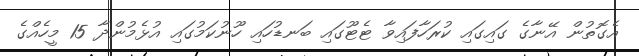
އެގޮތުން އޭނާގެ ގައިގައި ކުރަހާފައިވާ ޓެޓޫގައި ބަނޑުހައި ހޫނުކަމުގައި އުޅެމުންދާ 15 މީހެއްގެ